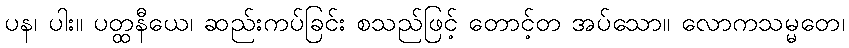
ပန၊ ပါး။ ပတ္ထနီယေ၊ ဆည်းကပ်ခြင်း စသည်ဖြင့် တောင့်တ အပ်သော။ လောကသမ္မတေ၊